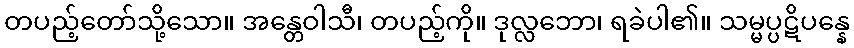
တပည့်တော်သို့သော။ အန္တေဝါသီ၊ တပည့်ကို။ ဒုလ္လဘော၊ ရခဲပါ၏။ သမ္မပ္ပဋိပန္နေ